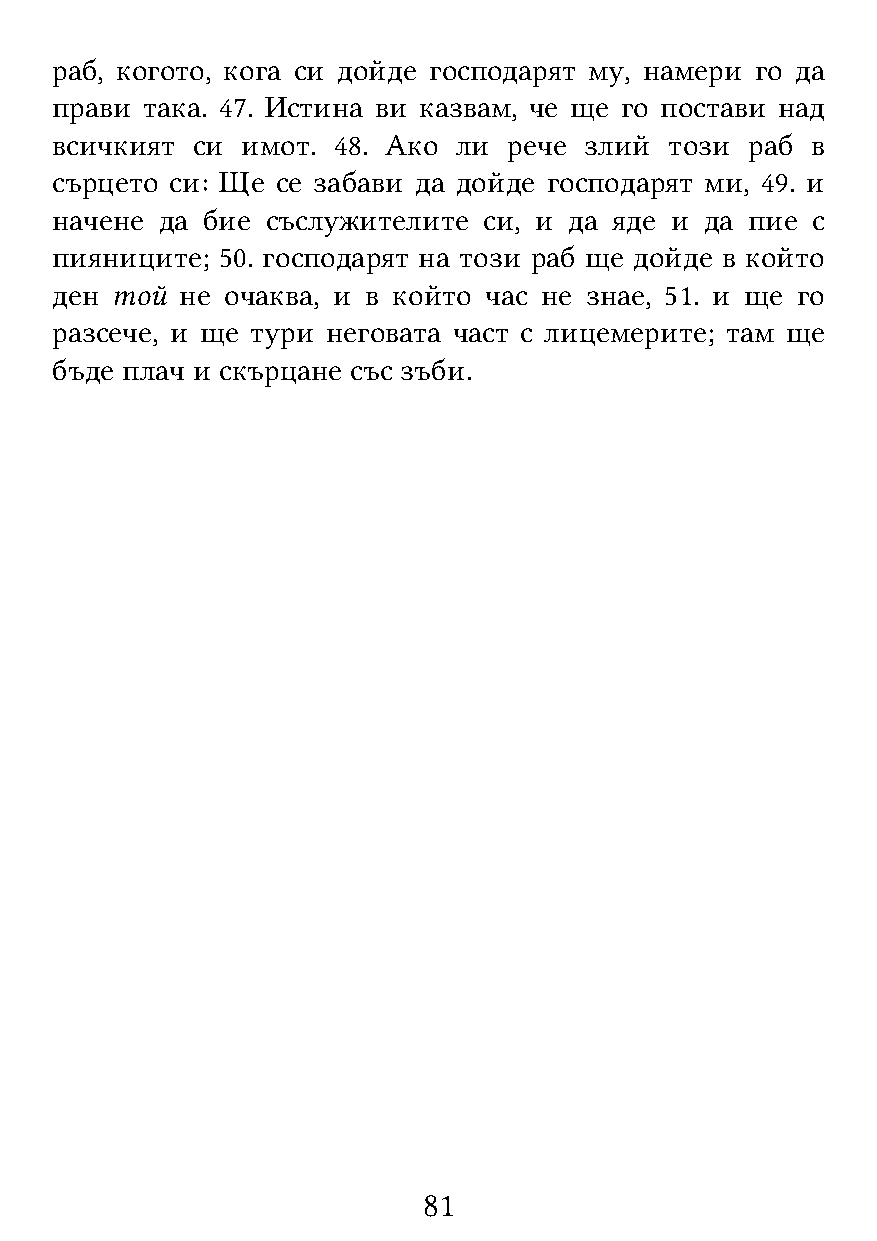
раб, когото, кога си дойде господарят му, намери го да
 прави така. 47. Истина ви казвам, че ще го постави над
 всичкият  си имот. 48. Ако ли  рече злий този  раб в
 сърцето си: Ще се забави да дойде господарят ми, 49. и
 начене  да бие съслужителите си, и да яде и да пие с
 пияниците; 50. господарят на този раб ще дойде в който
 ден той  не очаква, и в който час не знае, 51. и ще го
 разсече, и ще тури неговата част с лицемерите; там ще
 бъде плач и скърцане със зъби.
 81